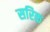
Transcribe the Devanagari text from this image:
सरिक